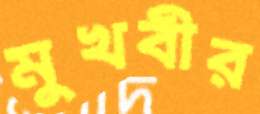
মুখবীর